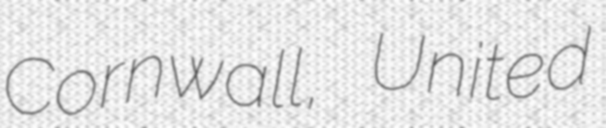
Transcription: Cornwall, United